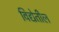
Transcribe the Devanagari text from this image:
विद्येतील